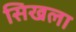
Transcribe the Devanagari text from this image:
सिखला